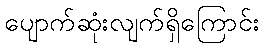
ပျောက်ဆုံးလျက်ရှိကြောင်း